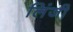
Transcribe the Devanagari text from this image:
लिंजी